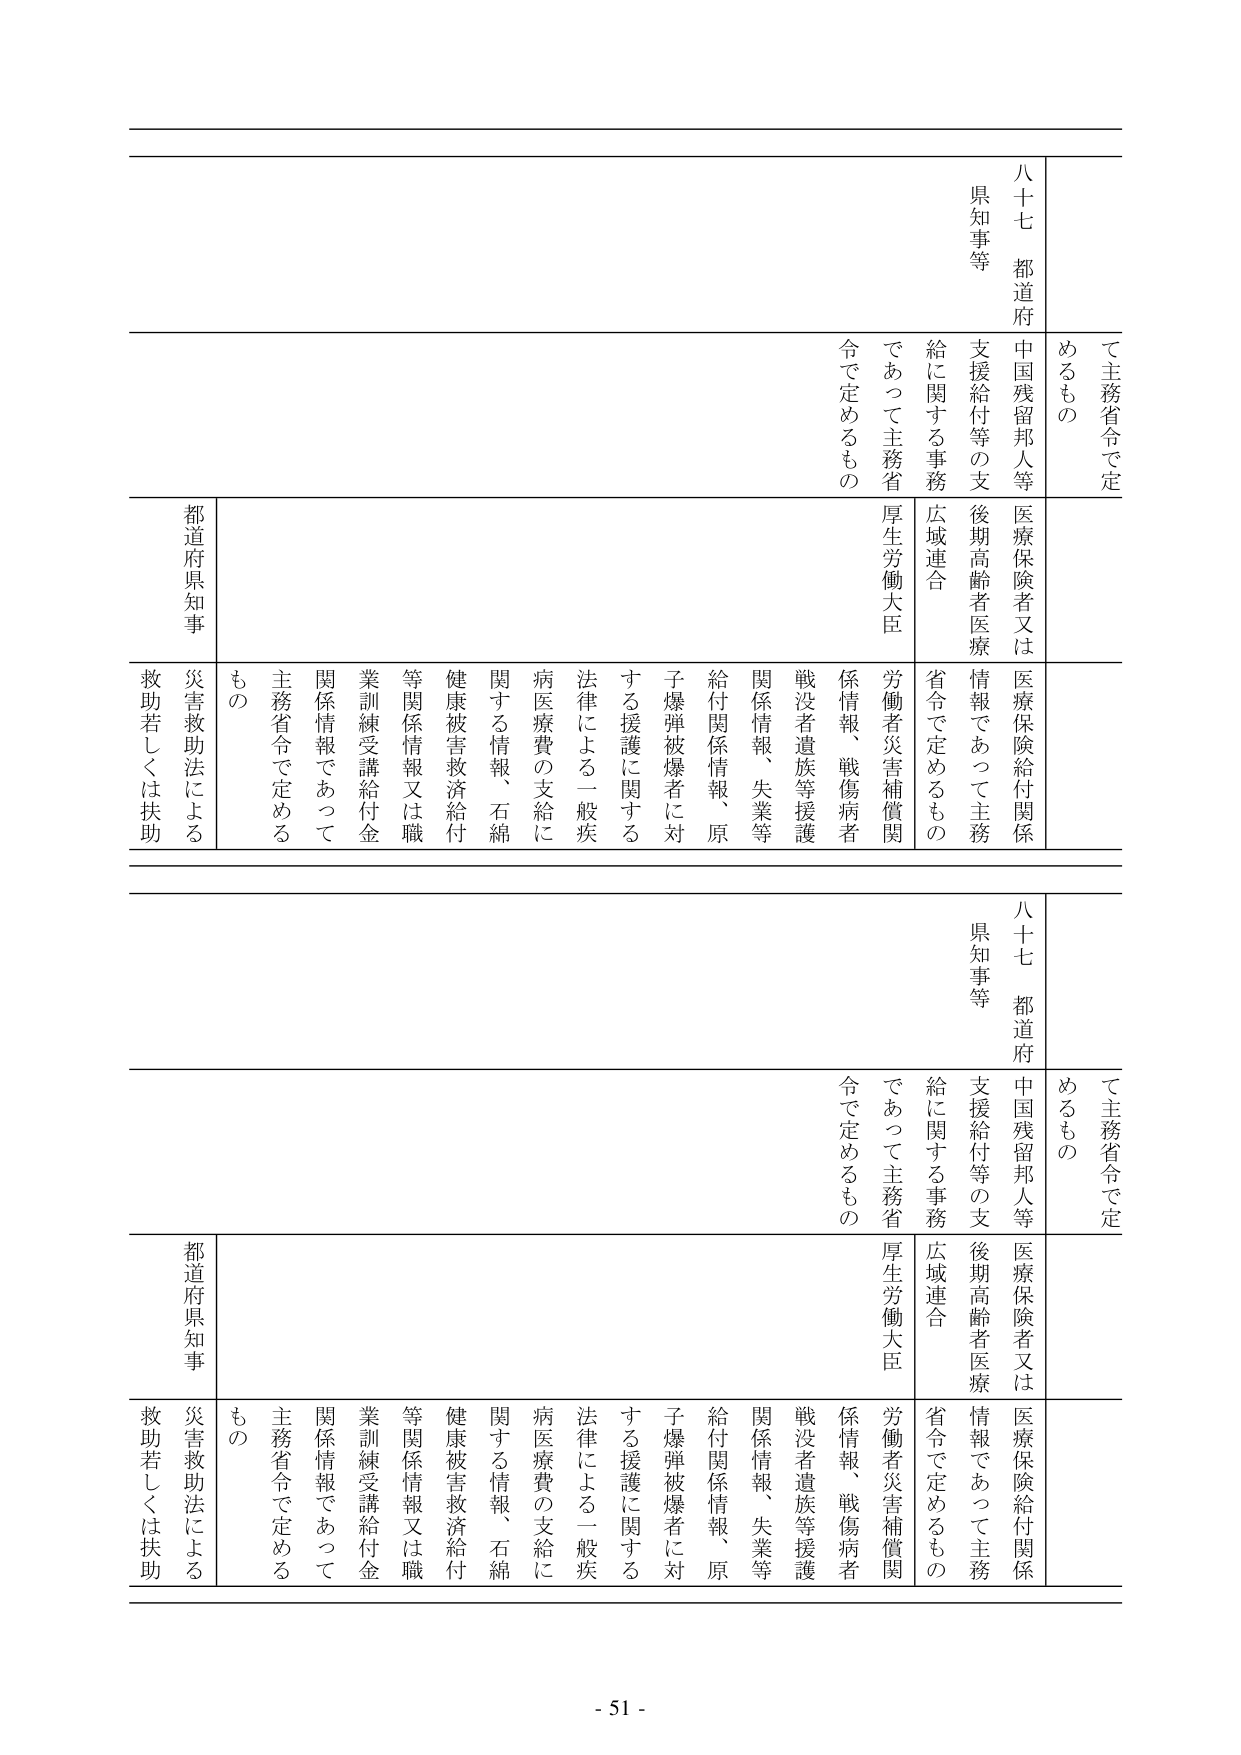
て主務省令で定めるもの
八十七 都道府県知事等
中国残留邦人等医療保険者又は後期高齢者医療情報であって主務省令で定めるもの
支援給付等の支給に関する事務
広域連合
労働者災害補償関係情報、戦傷病者戦没者遺族等援護関係情報、失業等給付関係情報、原子爆弾被爆者に対する援護に関する法律による一般疾病医療費の支給に関する情報、石綿健康被害救済給付等関係情報又は職業訓練受講給付金関係情報であって主務省令で定めるもの
都道府県知事
災害救助法による救助若しくは扶助

て主務省令で定めるもの
八十七 都道府県知事等
中国残留邦人等医療保険者又は後期高齢者医療情報であって主務省令で定めるもの
支援給付等の支給に関する事務
広域連合
労働者災害補償関係情報、戦傷病者戦没者遺族等援護関係情報、失業等給付関係情報、原子爆弾被爆者に対する援護に関する法律による一般疾病医療費の支給に関する情報、石綿健康被害救済給付等関係情報又は職業訓練受講給付金関係情報であって主務省令で定めるもの
都道府県知事
災害救助法による救助若しくは扶助

- 51 -